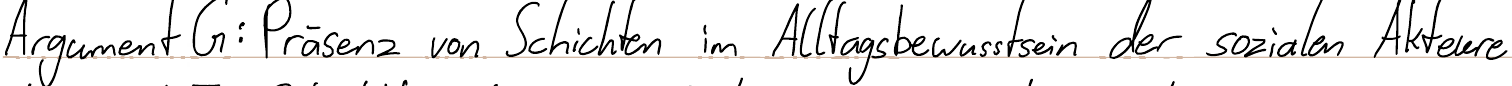
Argument G: Präsenz von Schichten im Alltagsbewusstsein der sozialen Akteure